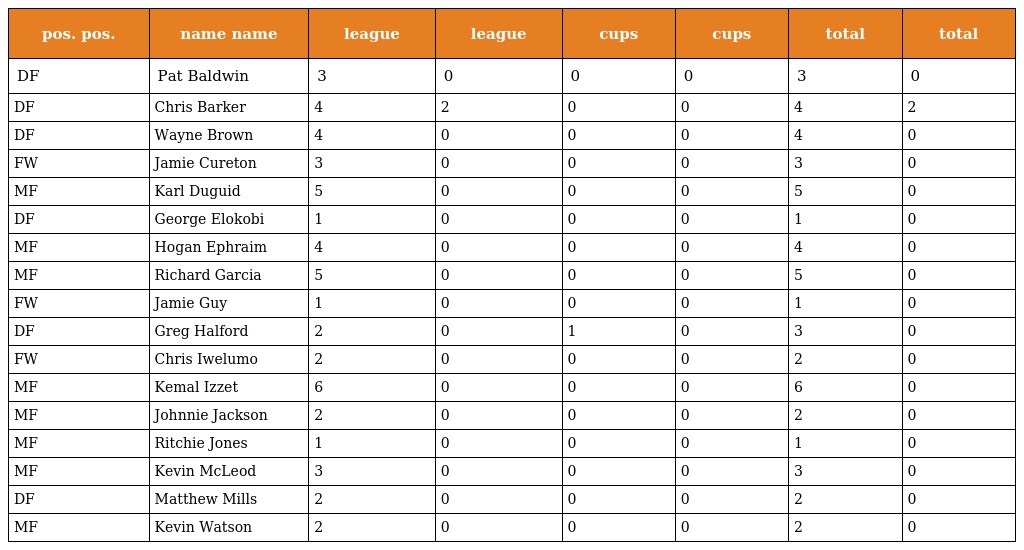
| pos. pos. | name name | league | league | cups | cups | total | total |
 | --- | --- | --- | --- | --- | --- | --- | --- |
 | DF | Pat Baldwin | 3 | 0 | 0 | 0 | 3 | 0 |
 | DF | Chris Barker | 4 | 2 | 0 | 0 | 4 | 2 |
 | DF | Wayne Brown | 4 | 0 | 0 | 0 | 4 | 0 |
 | FW | Jamie Cureton | 3 | 0 | 0 | 0 | 3 | 0 |
 | MF | Karl Duguid | 5 | 0 | 0 | 0 | 5 | 0 |
 | DF | George Elokobi | 1 | 0 | 0 | 0 | 1 | 0 |
 | MF | Hogan Ephraim | 4 | 0 | 0 | 0 | 4 | 0 |
 | MF | Richard Garcia | 5 | 0 | 0 | 0 | 5 | 0 |
 | FW | Jamie Guy | 1 | 0 | 0 | 0 | 1 | 0 |
 | DF | Greg Halford | 2 | 0 | 1 | 0 | 3 | 0 |
 | FW | Chris Iwelumo | 2 | 0 | 0 | 0 | 2 | 0 |
 | MF | Kemal Izzet | 6 | 0 | 0 | 0 | 6 | 0 |
 | MF | Johnnie Jackson | 2 | 0 | 0 | 0 | 2 | 0 |
 | MF | Ritchie Jones | 1 | 0 | 0 | 0 | 1 | 0 |
 | MF | Kevin McLeod | 3 | 0 | 0 | 0 | 3 | 0 |
 | DF | Matthew Mills | 2 | 0 | 0 | 0 | 2 | 0 |
 | MF | Kevin Watson | 2 | 0 | 0 | 0 | 2 | 0 |